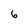
Character: 6